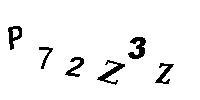
P72Z3Z